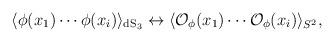
LaTeX: \begin{align*}\langle \phi(x_1) \cdots \phi(x_i)\rangle_{{\rm dS}_3} \leftrightarrow\langle {\cal{O}}_\phi(x_1) \cdots {\cal{O}}_\phi(x_i) \rangle_{S^2},\end{align*}